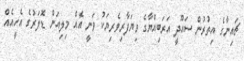
ޗައިނާގެ އިތުރުން ސައޫދީ އަރަބިއްޔާގެ ވިޔަފާރިވެރިޔަކު ވަނީ އެއް މިލިއަން ޑޮލަރުގެ އެހީއެއް